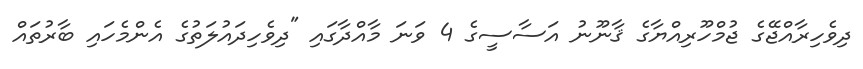
ދިވެހިރާއްޖޭގެ ޖުމްހޫރިއްޔާގެ ޤާނޫނު އަސާސީގެ 4 ވަނަ މާއްދާގައި "ދިވެހިދައުލަތުގެ އެންމެހައި ބާރުތައް